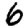
Digit: 6